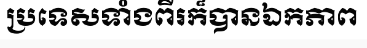
ប្រទេសទាំងពីរក៏បានឯកភាព